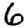
Digit: 6